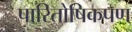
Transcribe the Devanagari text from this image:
पारितोषिकपण